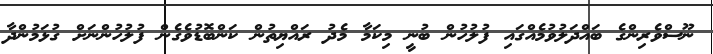
ނޫސްވެރިންގެ ބައްދަލުވުމެއްގައި ފުލުހުން ބުނީ މިކަމާ މެދު ރައްޔިތުން ކަންބޮޑުވެގެން ފުލުހުންނަށް ގުޅަމުންދާ